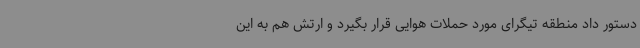
دستور داد منطقه تیگرای مورد حملات هوایی قرار بگیرد و ارتش هم به این